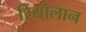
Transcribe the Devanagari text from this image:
रियोलान